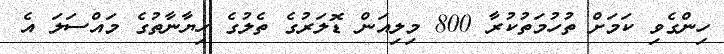
ހިންގެވި ކަމަށް ތުހުމަތުކުރާ 800 މިލިއަން ޑޮލަރުގެ ތެލުގެ ހިޔާނާތުގެ މައްސަލަ އެ